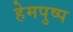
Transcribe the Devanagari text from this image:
हेमपुष्प